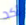
أكد